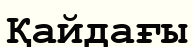
Қайдағы